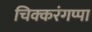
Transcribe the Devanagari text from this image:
चिक्करंगप्पा